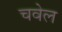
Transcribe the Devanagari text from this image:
चवेल